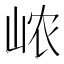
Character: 𰎞